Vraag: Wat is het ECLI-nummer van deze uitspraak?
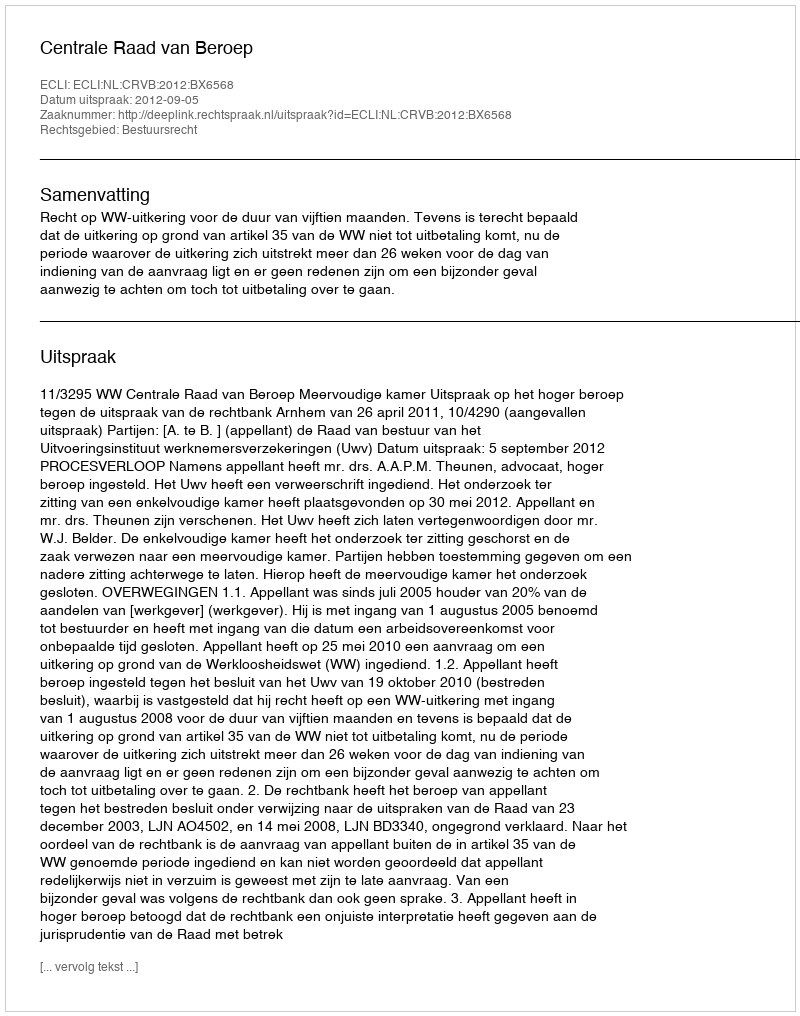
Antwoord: ECLI:NL:CRVB:2012:BX6568